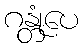
ဂန္တုံပေ